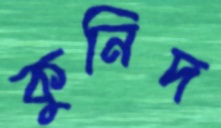
কুনিদ